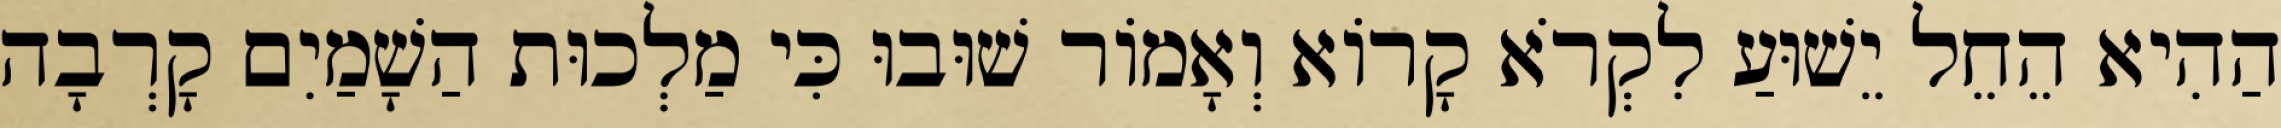
הַהִיא הֵחֵל יֵשׁוּעַ לִקְרֹא קָרוֹא וְאָמוֹר שׁוּבוּ כִּי מַלְכוּת הַשָׁמַיִם קָרְבָה